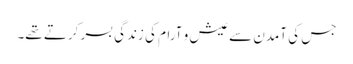
جس کی آمدن سے عیش و آرام کی زندگی بسر کرتے تھے۔